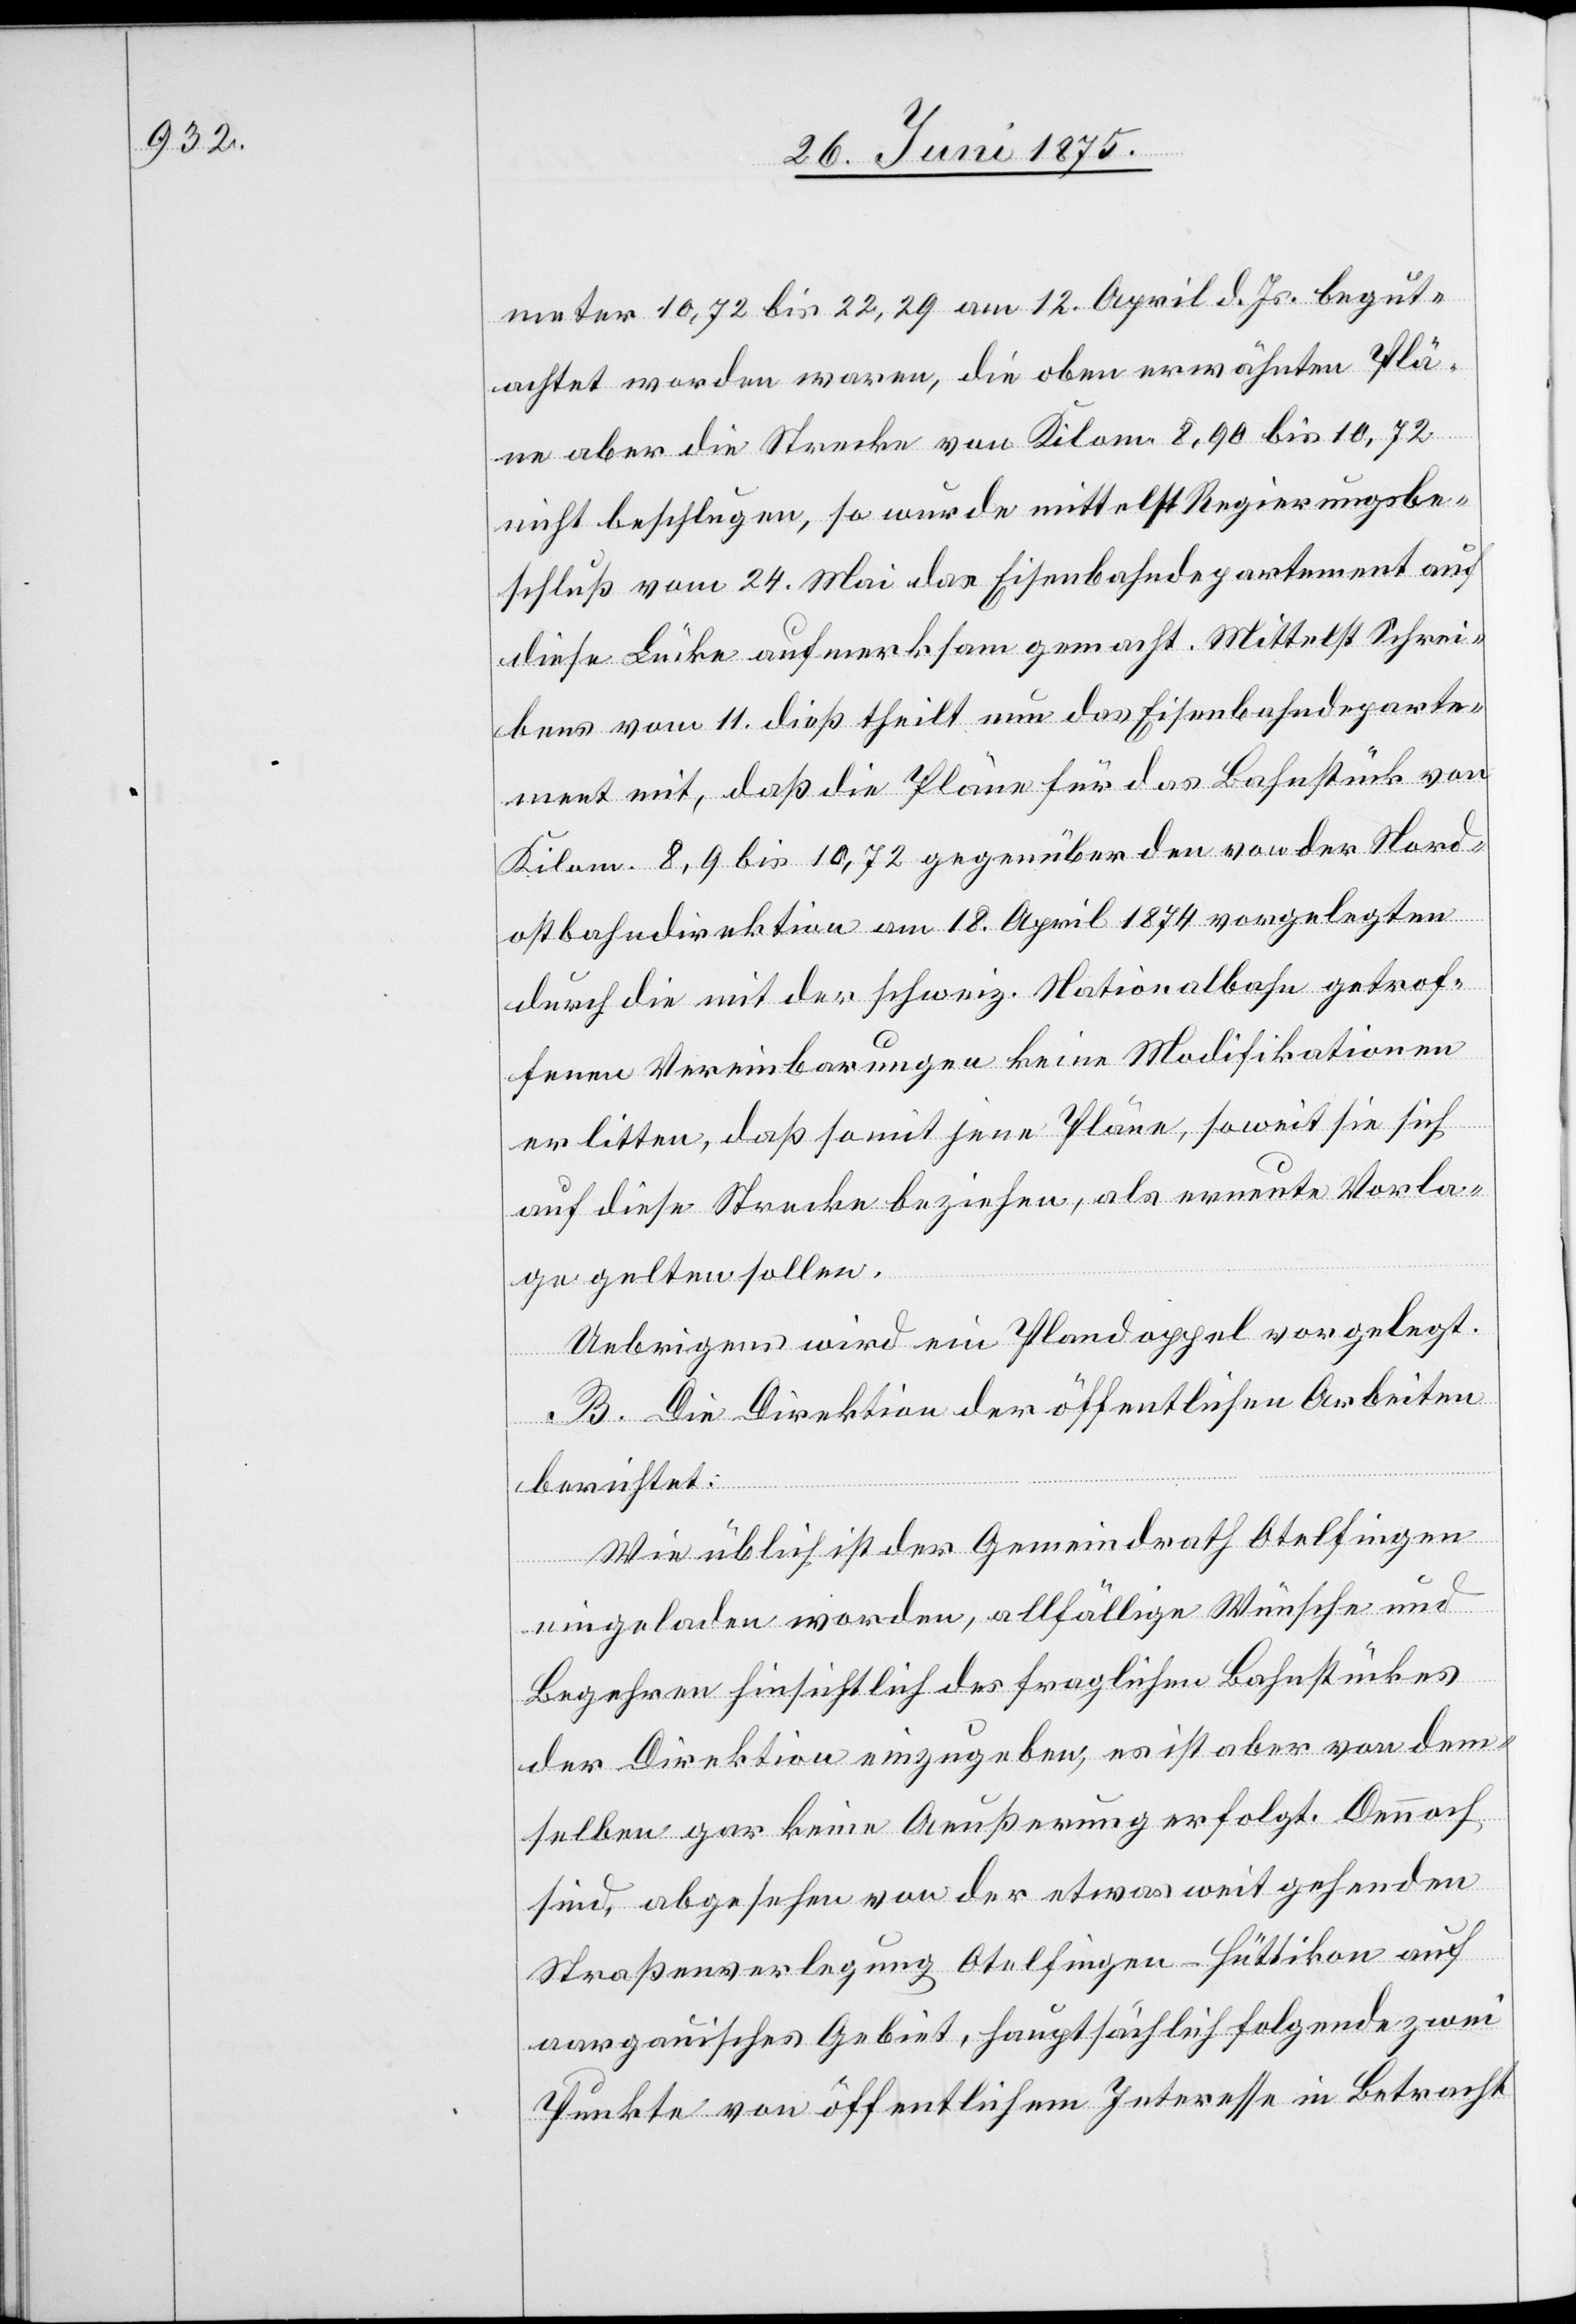
meter 10,72 bis 22,29 am 12. April d. Js. begut¬
achtet worden waren, die oben erwähnten Plä¬
ne aber die Strecke von Kilom. 8,90 bis 10,72
nicht beschlagen, so wurde mittelst Regierungsbe¬
schluß vom 24. Mai das Eisenbahndepartement auf
diese Lücke aufmerksam gemacht. Mittelst Schrei¬
bens vom 11. dieß theilt nun das Eisenbahndeparte¬
ment mit, daß die Pläne für das Bahnstück von
Kilom. 8,9 bis 10,72 gegenüber den von der Nord¬
ostbahndirektion am 18. April 1874 vorgelegten
durch die mit der schweiz. Nationalbahn getrof¬
fenen Vereinbarung keine Modifikationen
erlitten, daß somit jene Pläne, soweit sie sich
auf diese Strecke beziehen, als erneute Vorla¬
ge gelten sollen.
Uebrigens wird ein Plandoppel vorgelegt.
B. Die Direktion der öffentlichen Arbeiten
berichtet:
Wie üblich ist der Gemeindrath Otelfingen
eingeladen worden, allfällige Wünsche und
Begehren hinsichtlich des fraglichen Bahnstückes
der Direktion einzugeben, es ist aber von dem¬
selben gar kein Aeußerung erfolgt. Dennoch
sind, abgesehen von der etwas weit gehenden
Straßenverlegung Otelfingen–Hüttikon auf
aargauisches Gebiet, hauptsächlich folgende zwei
Punkte von öffentlichem Interesse in Betracht